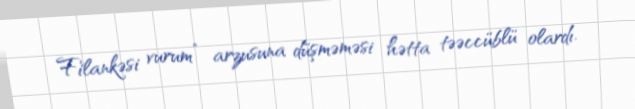
Filankəsi vurum” arzusuna düşməməsi hətta təəccüblü olardı.